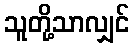
သူတို့သာလျှင်